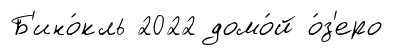
Б'ино́кль 2022 домо́й о́з'еро